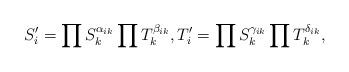
LaTeX: \begin{align*}S'_i=\prod S^{\alpha_{ik}}_k \prod T^{\beta_{ik}}_k,T'_i=\prod S^{\gamma_{ik}}_k \prod T^{\delta_{ik}}_k,\end{align*}